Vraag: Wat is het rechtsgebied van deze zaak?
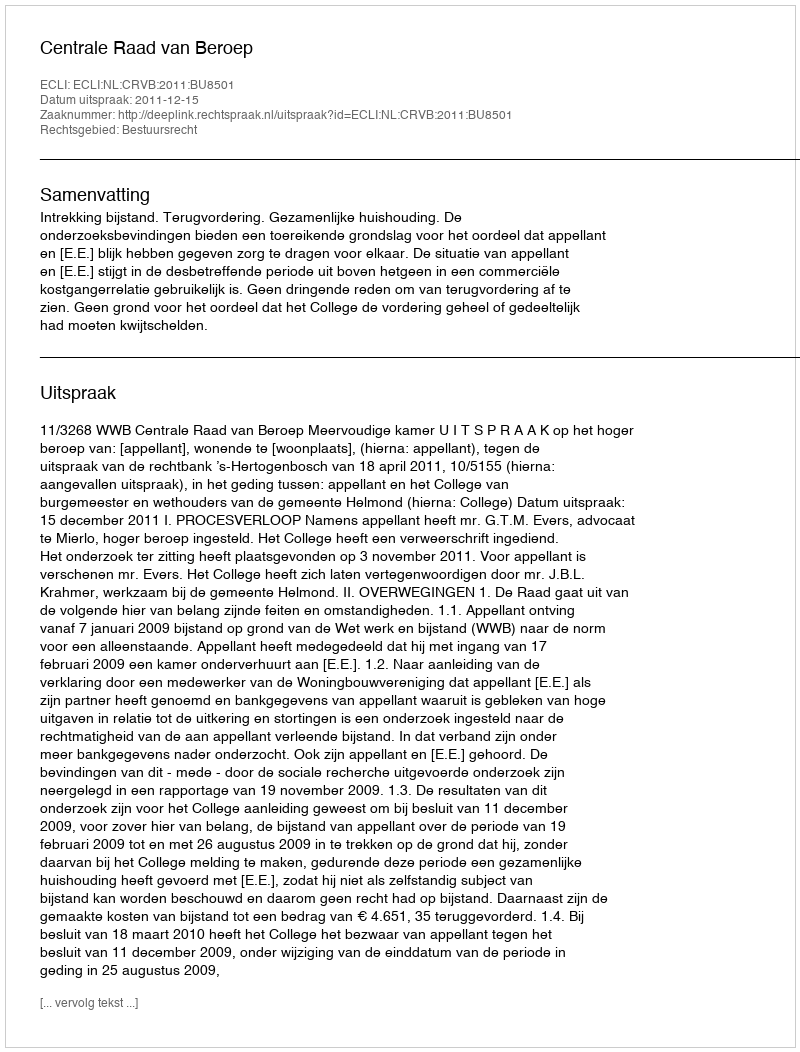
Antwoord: Bestuursrecht